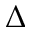
\Delta